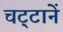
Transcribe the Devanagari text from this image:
चट्‍टानें